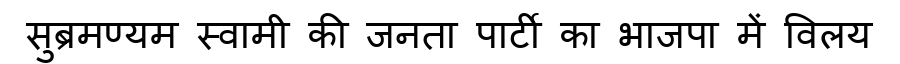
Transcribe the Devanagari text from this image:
सुब्रमण्यम स्वामी की जनता पार्टी का भाजपा में विलय